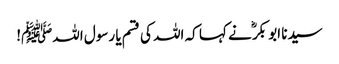
سیدنا ابو بکرؓ نے کہا کہ اللہ کی قسم یا رسول اللہﷺ!